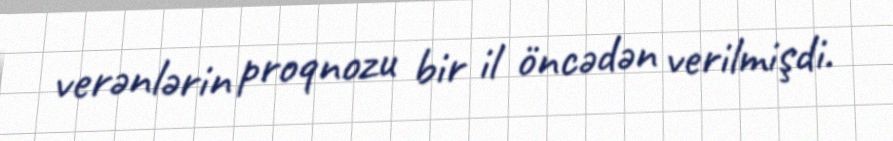
verənlərin proqnozu bir il öncədən verilmişdi.